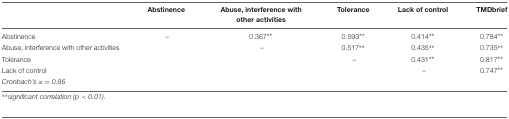
|  | Abstinence | Abuse, interference with other activities | Tolerance | Lack of control | TMDbrief |
 | --- | --- | --- | --- | --- | --- |
 | Abstinence | – | 0.367∗∗ | 0.593∗∗ | 0.414∗∗ | 0.784∗∗ |
 | Abuse, interference with other activities |  | – | 0.517∗∗ | 0.435∗∗ | 0.735∗∗ |
 | Tolerance |  |  | – | 0.431∗∗ | 0.817∗∗ |
 | Lack of control |  |  |  | – | 0.747∗∗ |
 | Cronbach’s α = 0.86 |  |  |  |  |  |